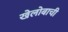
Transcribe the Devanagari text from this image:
खेलोबाची